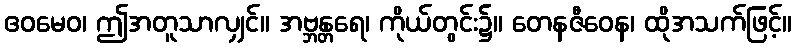
ဧဝမေဝ၊ ဤအတူသာလျှင်။ အဗ္ဘန္တရေ၊ ကိုယ်တွင်း၌။ တေနဇီဝေန၊ ထိုအသက်ဖြင့်။